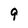
Character: 9